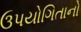
ઉપયોગિતાનો